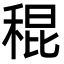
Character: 䅙